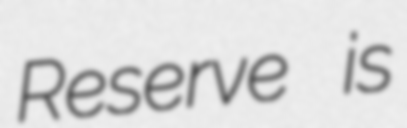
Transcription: Reserve is